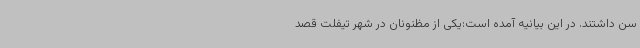
سن داشتند. در این بیانیه آمده است:یکی از مظنونان در شهر تیفلت قصد